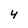
Character: 4